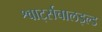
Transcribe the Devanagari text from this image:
श्वार्ट्सचालइल्ड